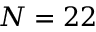
N = 2 2